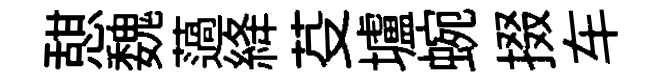
憇魏薖絳芟壚蜿掇车